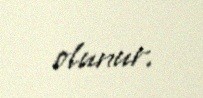
olunur.